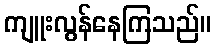
ကျူးလွန်နေကြသည်။